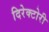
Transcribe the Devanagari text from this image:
दिरेक्टोरी